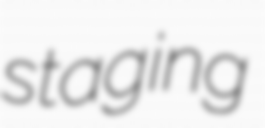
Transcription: staging